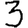
Digit: 3